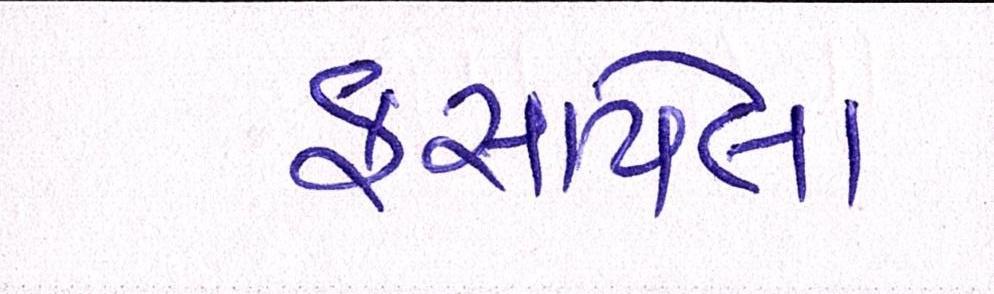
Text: ફસાયેલા